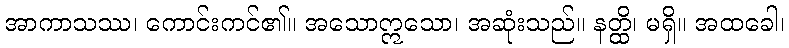
အာကာသဿ၊ ကောင်းကင်၏။ အသောဣသော၊ အဆုံးသည်။ နတ္ထိ၊ မရှိ။ အထခေါ၊